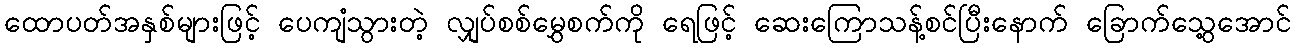
ထောပတ်အနှစ်များဖြင့် ပေကျံသွားတဲ့ လျှပ်စစ်မွှေစက်ကို ရေဖြင့် ဆေးကြောသန့်စင်ပြီးနောက် ခြောက်သွေ့အောင်